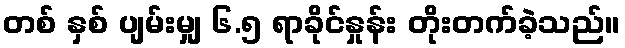
တစ် နှစ် ပျမ်းမျှ ၆.၅ ရာခိုင်နှုန်း တိုးတက်ခဲ့သည်။